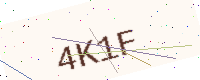
Text: 4K1F